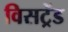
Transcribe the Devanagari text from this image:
विसट्रेंड